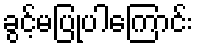
ခွင့်မပြုပါကြောင်း